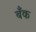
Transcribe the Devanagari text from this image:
बॅँक